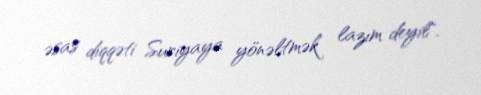
əsas diqqəti Suriyaya yönəltmək lazım deyil".